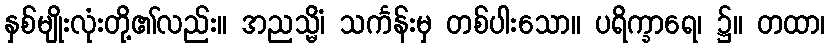
နှစ်မျိုးလုံးတို့၏လည်း။ အညသ္မိံ၊ သင်္ကန်းမှ တစ်ပါးသော။ ပရိက္ခာရေ၊ ၌။ တထာ၊